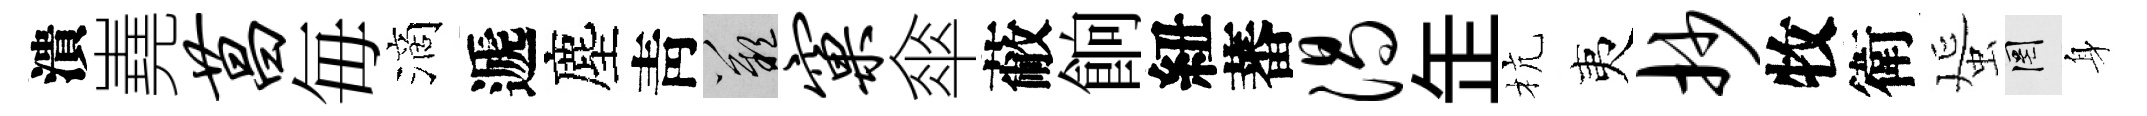
潰嶤菖毎滴遞塵靑嘆窠傘蔽餉紐蕃渴𦈢杭夷抄牧衛蜑罔身